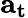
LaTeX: \mathbf{a}_{\mathbf{t}}